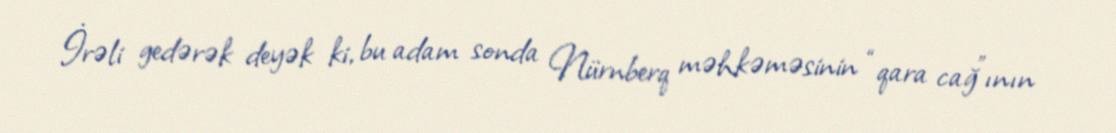
İrəli gedərək deyək ki, bu adam sonda Nürnberq məhkəməsinin “qara cağ”ının